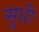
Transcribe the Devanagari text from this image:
सुधीः